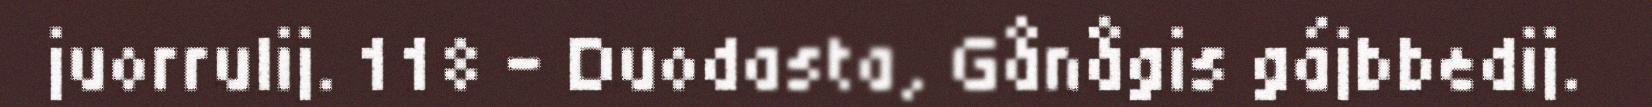
juorrulij. 118 – Duodasta, Gånågis gájbbedij.